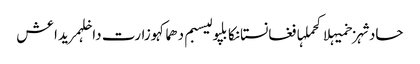
حادثہزخمیہلاکحملہافغانستانکابلپولیسبم دھماکہوزارت داخلہمریداعش